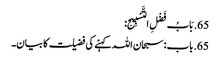
65. بَابُ فَضْلِ التَّسْبِیحِ:
65. باب: سبحان اللہ کہنے کی فضیلت کا بیان۔